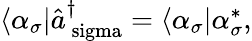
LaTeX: \begin{array}{r}{\langle\alpha_{\sigma}|\hat{a}_{\mathrm{\ sigma}}^{\dagger}=\langle\alpha_{\sigma}|\alpha_{\sigma}^{*},}\end{array}